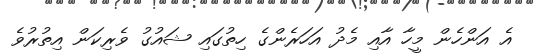
އެ އަންހެން މީހާ އާއި މެދު އަހަރެންގެ ހިތުގައި ޝައުގު ވެރިކަން އިތުރުވެ